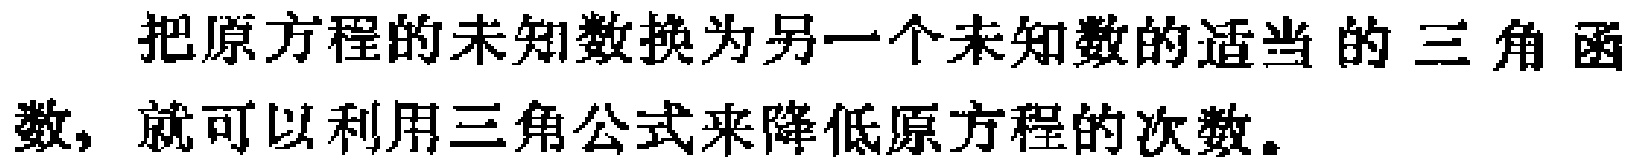
把原方程的未知数换为另一个未知数的适当的三角函\\数，就可以利用三角公式来降低原方程的次数。